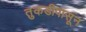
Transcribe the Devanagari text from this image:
तुकडीपासून